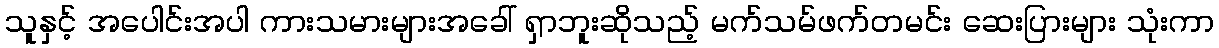
သူနှင့် အပေါင်းအပါ ကားသမားများအခေါ် ရှာဘူးဆိုသည့် မက်သမ်ဖက်တမင်း ဆေးပြားများ သုံးကာ